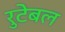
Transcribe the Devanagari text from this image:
रुटेबल